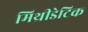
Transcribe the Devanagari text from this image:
मिथ्रीडेटिक